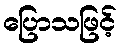
ပြောသဖြင့်